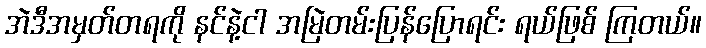
အဲဒီအမှတ်တရကို နင်နဲ့ငါ အမြဲတမ်းပြန်ပြောရင်း ရယ်ဖြစ် ကြတယ်။